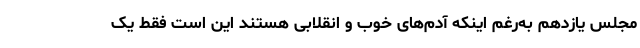
مجلس یازدهم به‌رغم اینکه آدم‌های خوب و انقلابی هستند این است فقط یک